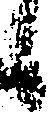
候